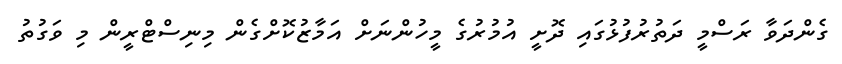
ގެންދަވާ ރަސްމީ ދަތުރުފުޅުގައި ދޮށީ އުމުރުގެ މީހުންނަށް އަމާޒުކޮށްގެން މިނިސްޓްރީން މި ވަގުތު